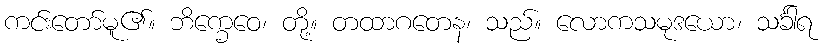
ကင်းတော်မူ၏။ ဘိက္ခေဝေ၊ တို့။ တထာဂတေန၊ သည်။ လောကသမုဒယော၊ သင်္ခါရ